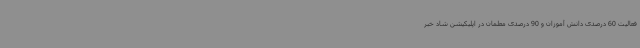
فعالیت 60 درصدی دانش آموزان و 90 درصدی معلمان در اپلیکیشن شاد خبر